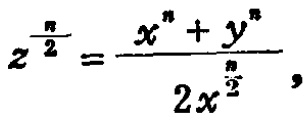
\[z^{\frac{n}{2}}=\frac{x^{n}+y^{n}}{2x^{\frac{n}{2}}},\]